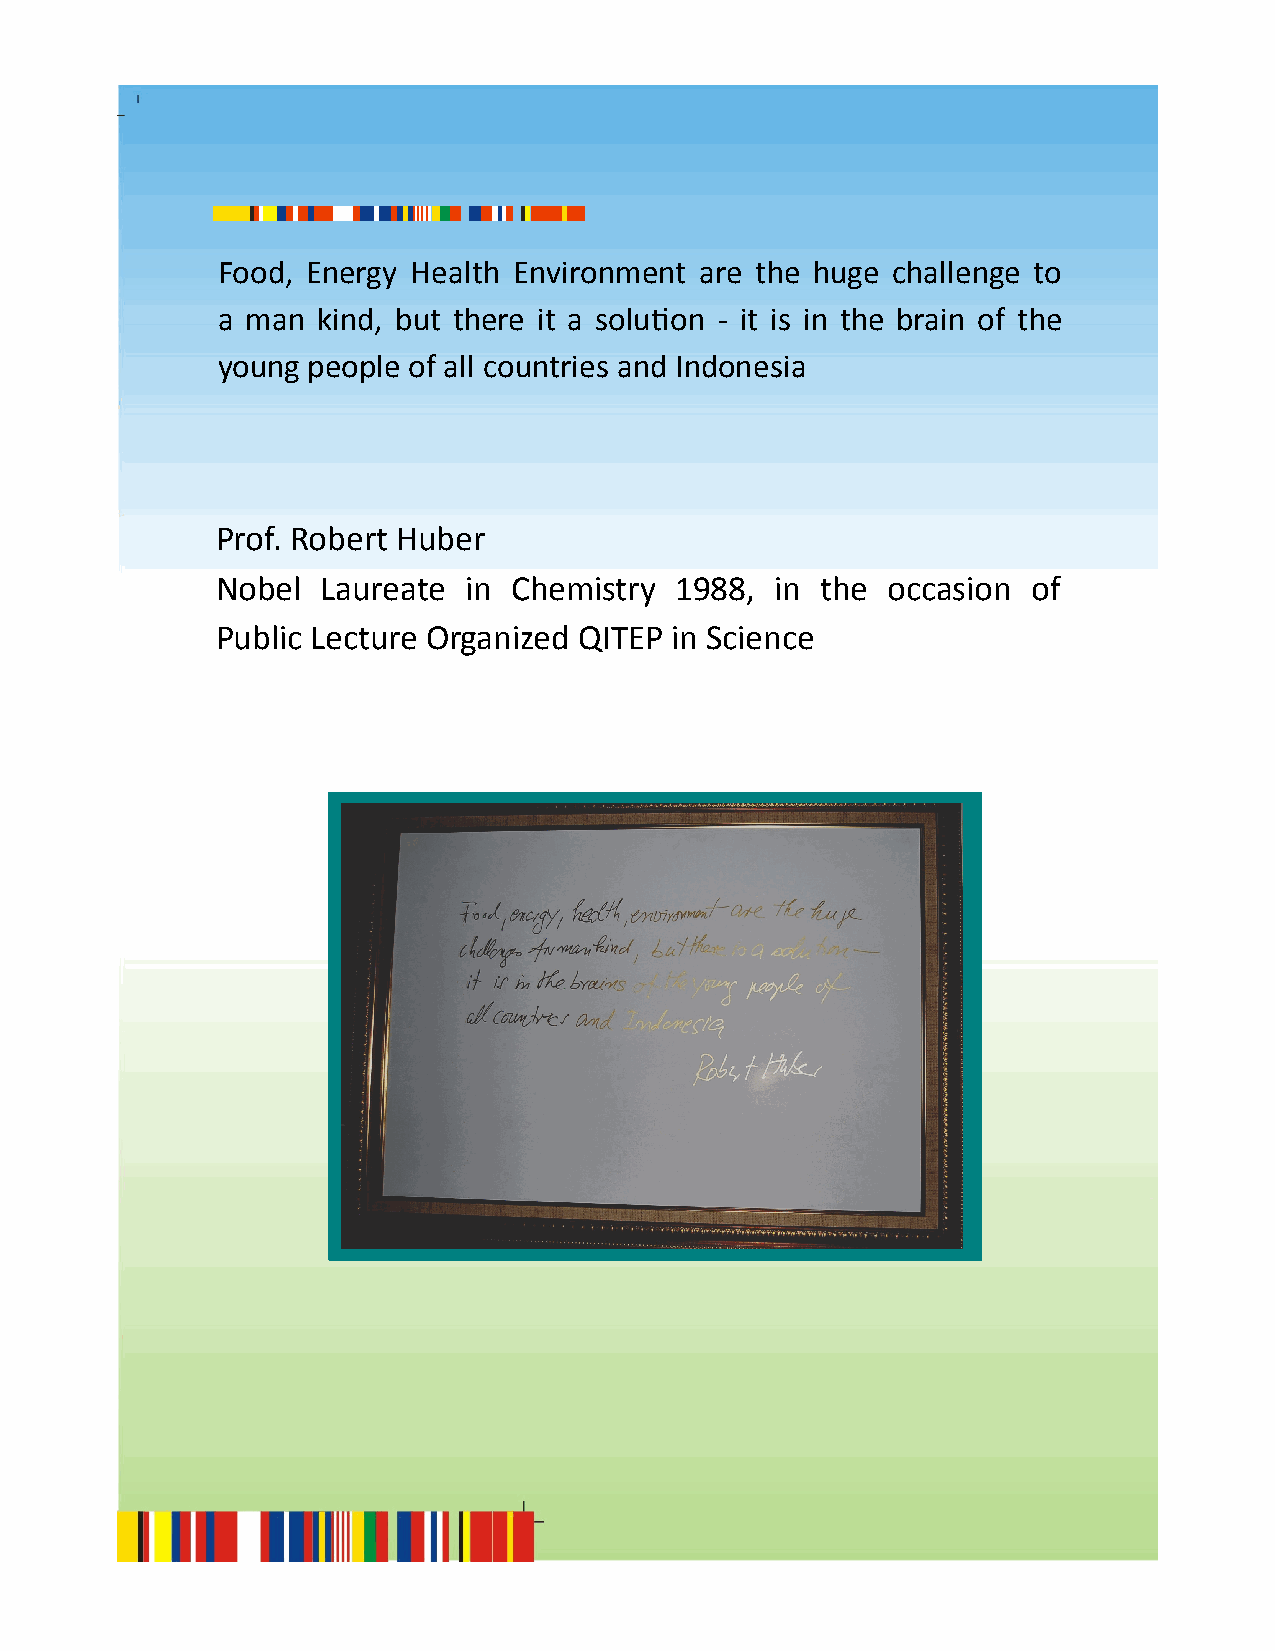
Food, Energy Health Environment are the huge challenge to
 a man  kind, but there it a solution - it is in the brain of the
 young people of all countries and Indonesia
 Prof. Robert Huber
 Nobel  Laureate  in Chemistry  1988, in the  occasion of
 Public Lecture Organized QITEP in Science